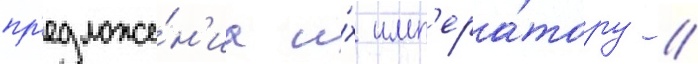
пр'едложе́н'иа и́х имп'ера́тору /